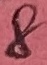
Text: 8